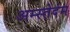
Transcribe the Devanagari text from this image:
अम्स्तेदंम